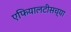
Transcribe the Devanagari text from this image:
एफियालटीसच्या